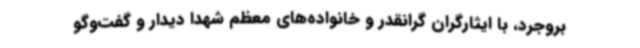
بروجرد، با ایثارگران گرانقدر و خانواده‌های معظم شهدا دیدار و گفت‌وگو